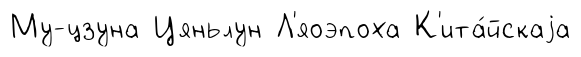
Му-цзуна Цяньлун Л'яоэпоха К'ита́йскаjа